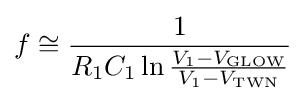
f\cong {\frac {1}{R_{1}C_{1}\ln {\frac {V_{1}-V_{\text{GLOW}}}{V_{1}-V_{\text{TWN}}}}}}